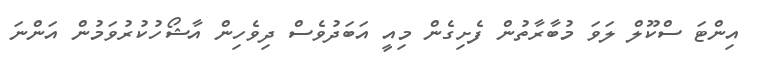
އިންޓަ ސްކޫލް ލަވަ މުބާރާތުން ފެށިގެން މިއީ އަބަދުވެސް ދިވެހިން އާޝޯހުކުރުވަމުން އަންނަ